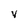
Character: V